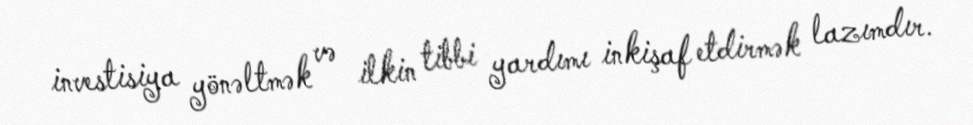
investisiya yönəltmək və ilkin tibbi yardımı inkişaf etdirmək lazımdır.